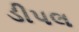
ડીપલ